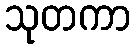
သုတကာ